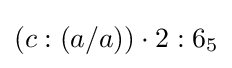
(c:(a/a))\cdot 2:6_{5}